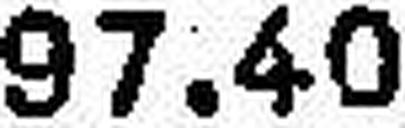
97.40